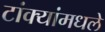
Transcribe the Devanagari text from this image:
टांक्यांमधले